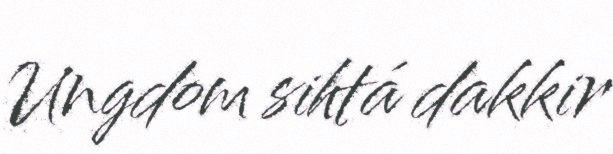
Ungdom sihtá dakkir